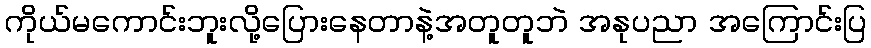
ကိုယ်မကောင်းဘူးလို့ပြေားနေတာနဲ့အတူတူဘဲ အနုပညာ အကြောင်းပြ